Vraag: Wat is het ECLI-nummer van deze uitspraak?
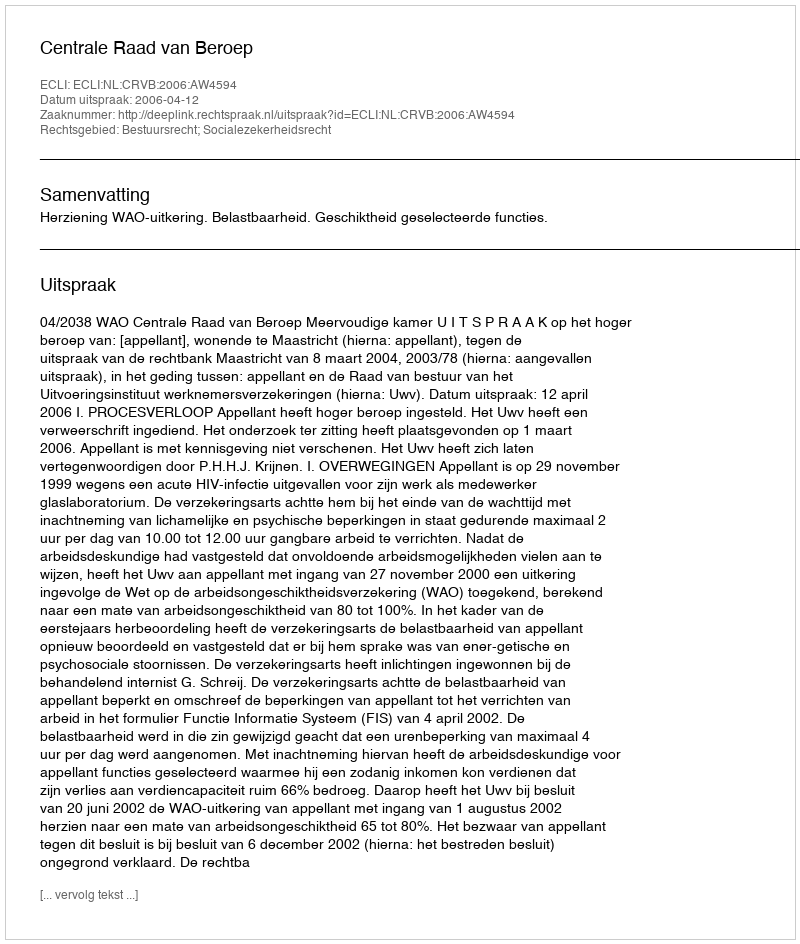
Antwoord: ECLI:NL:CRVB:2006:AW4594